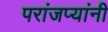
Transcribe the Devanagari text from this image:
परांजप्यांनी